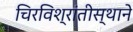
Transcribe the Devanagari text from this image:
चिरविश्रांतीस्थाने